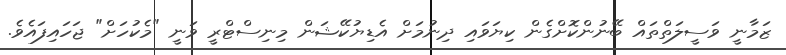
ޒަމާނީ ވަސީލަތްތައް ބޭނުންކޮށްގެން ކިޔަވައި ދިނުމަށް އެޑިޔުކޭޝަން މިނިސްޓްރީ ވަނީ "މެކުހަށް" ޖަހައިފައެވެ.